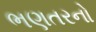
ભણતરનો